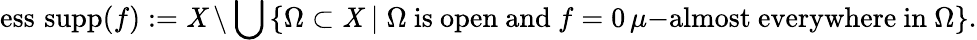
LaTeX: \operatorname{ess\, supp}(f):=\mathit{X}\setminus\bigcup\left\{ \Omega\subset\mathit{X}\mid\Omega{\mathrm{{~is~open~and~}}}f=0\, \mu{\mathrm{{-almost~everywhere~in~}}}\Omega\right\} .